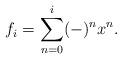
LaTeX: \begin{align*}f_i = \sum_{n=0}^{i} (-)^n x^n. \end{align*}